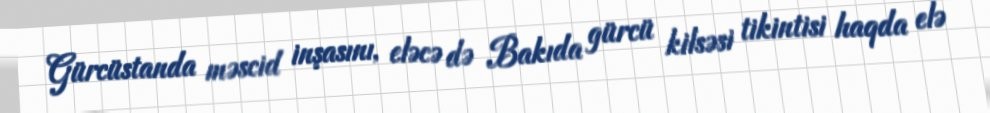
Gürcüstanda məscid inşasını, eləcə də Bakıda gürcü kilsəsi tikintisi haqda elə